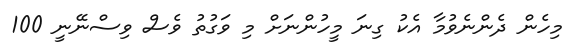
މިހެން ދެންނެވުމާ އެކު ގިނަ މީހުންނަށް މި ވަގުތު ވެސް ވިސްނޭނީ 100